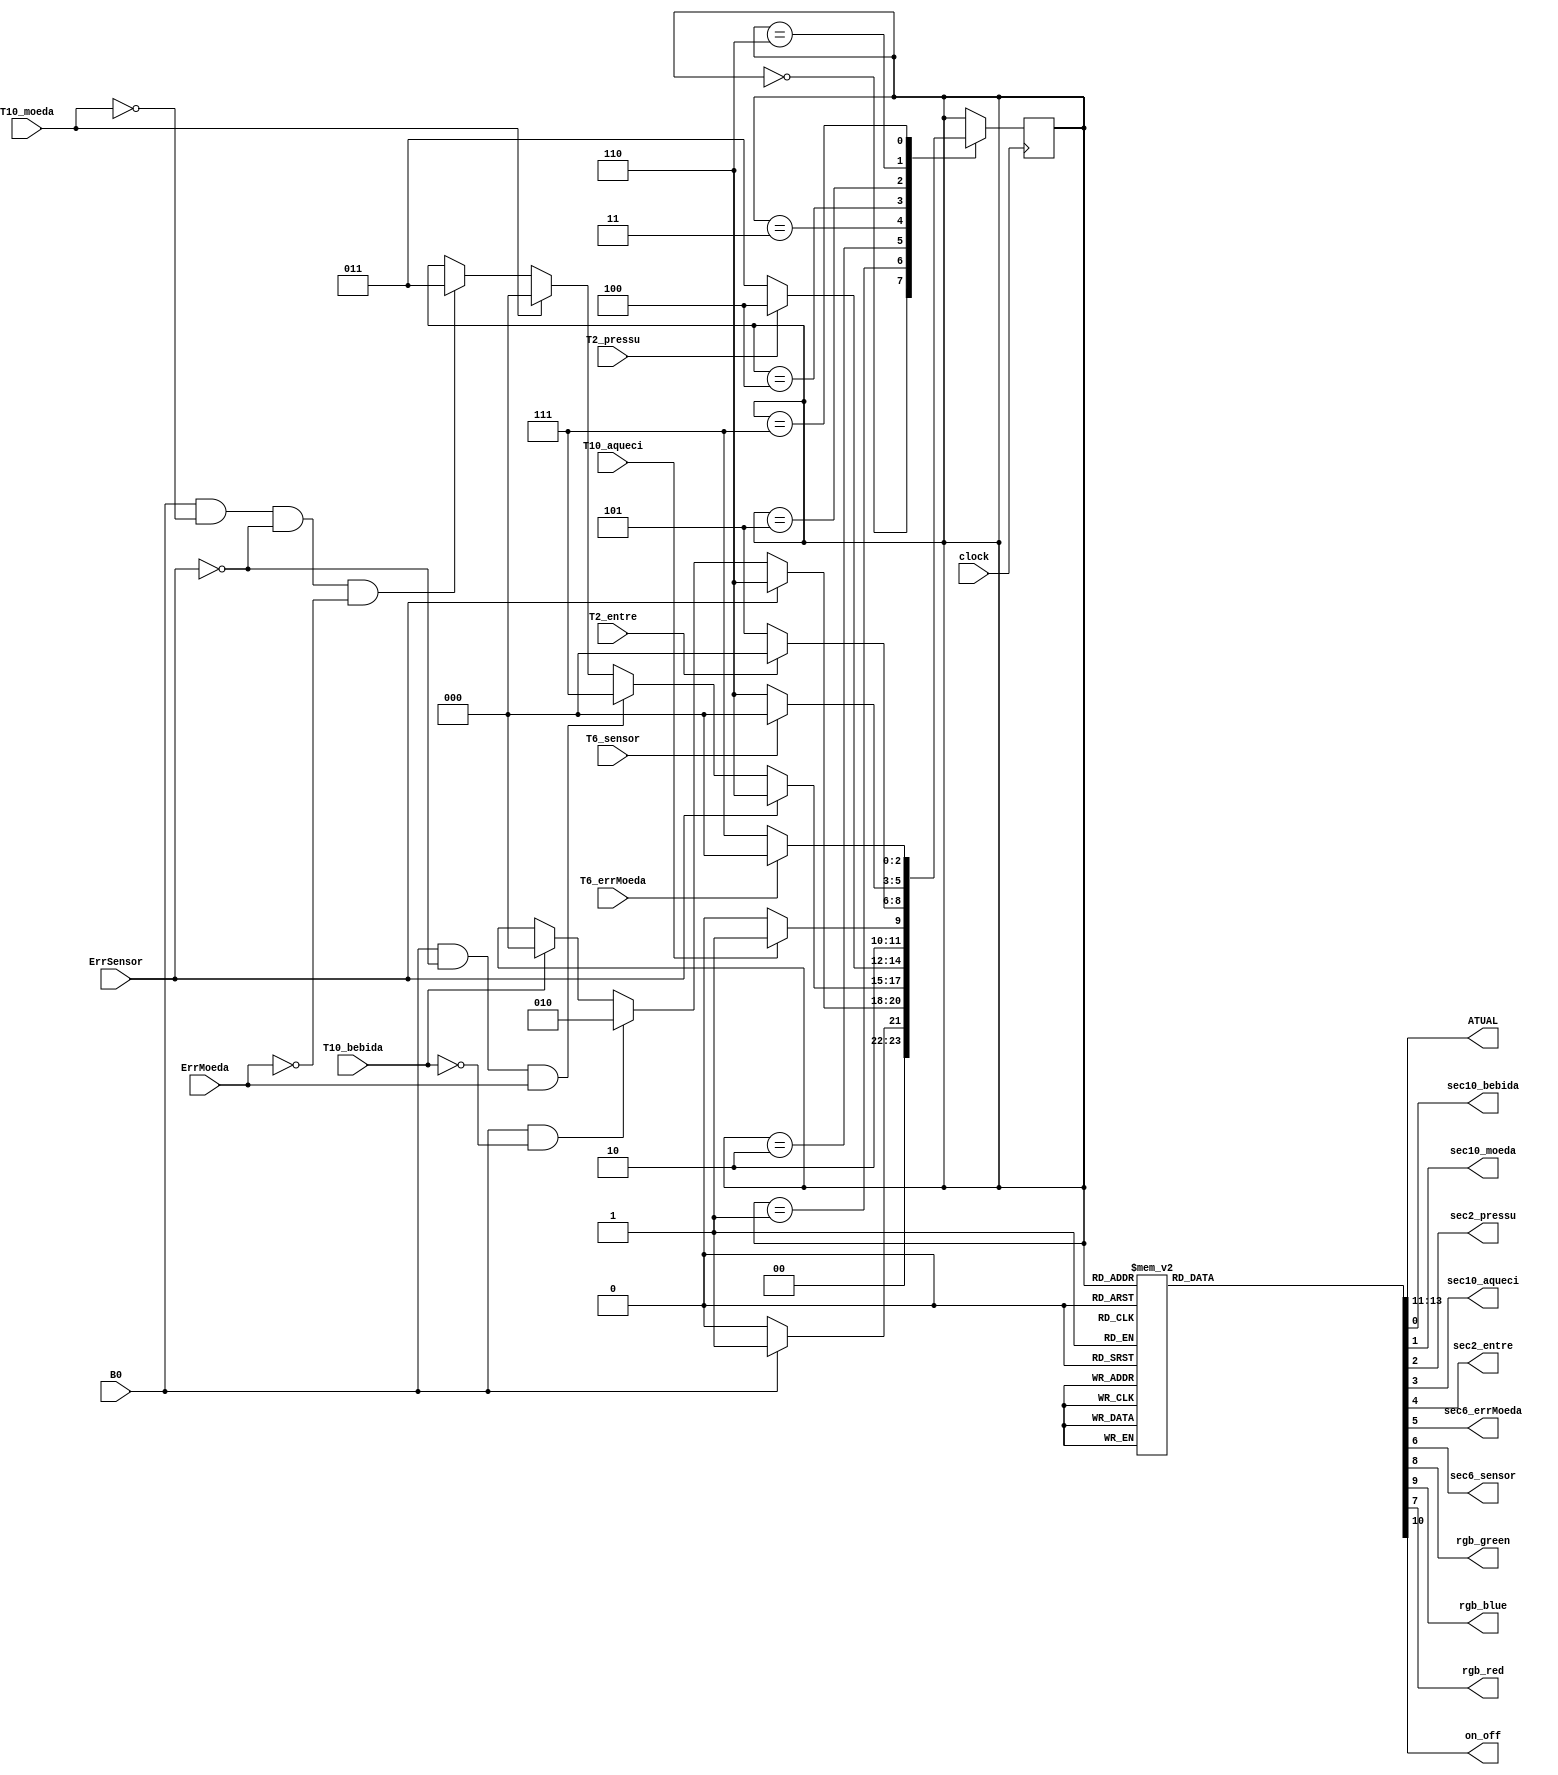
module MaquinadeEstados (B0, 
	ErrSensor, ErrMoeda, 
	T10_bebida, T10_moeda, 
	T2_pressu, T10_aqueci, T2_entre, T6_errMoeda,
	T6_sensor, clock, ATUAL,
	sec10_bebida, sec10_moeda, 
	sec2_pressu, sec10_aqueci, sec2_entre, sec6_errMoeda,
	sec6_sensor, rgb_green, rgb_blue, rgb_red, on_off);

	input clock,
	B0, 
	ErrSensor, ErrMoeda, 
	T10_bebida, T10_moeda, 
	T2_pressu, T10_aqueci, T2_entre, T6_errMoeda,
	T6_sensor; 
	
	output  reg [2:0] ATUAL;
	
	output reg sec10_bebida, sec10_moeda, 
	sec2_pressu, sec10_aqueci, sec2_entre, sec6_errMoeda,
	sec6_sensor,rgb_green, rgb_blue, rgb_red,on_off;
	
	
	
	parameter ESPERA = 3'b000 // espera
				,ESCOLHA = 3'b001 // escolha
				,VALOR = 3'b010 // valor			
				,BOMBAGEM = 3'b011 // bombagem
				,AQUECIMENTO = 3'b100 // aquecimento
				,ENTREGA = 3'b101 // entrega			
				,ERRO_SENSOR = 3'b110 
				,ERRO_MOEDA = 3'b111;
	
				
	
	reg [2:0] estados;
	
	initial begin
		estados <= ESPERA;
	end
	
	always @ (posedge clock) begin
		case (estados)
			ESPERA: begin
				if(B0==1'b0) estados <= ESPERA;
				
				else estados <= ESCOLHA;
			end
			
			ESCOLHA: begin 
			
				if(ErrSensor==1'b1) estados <= ERRO_SENSOR;

				else if(B0==1'b1 && T10_bebida==1'b0) estados <= VALOR;
				
				else if(T10_bebida==1'b1) estados <= ESPERA;			
			end
			
			VALOR: begin

				if( ErrSensor==1'b1) estados <= ERRO_SENSOR;
				
				else if(B0==1'b1 && ErrSensor==1'b0 && ErrMoeda==1'b1) estados <= ERRO_MOEDA;
				
				else if(T10_moeda==1'b1) estados <= ESPERA;
				
				else if(B0==1'b1 && T10_moeda==1'b0 && ErrSensor==1'b0 && ErrMoeda==1'b0) estados <= BOMBAGEM;
				
				end
			
			BOMBAGEM: begin 		
				if(T2_pressu==1'b0) estados <= BOMBAGEM;
				
				else if(T2_pressu==1'b1) estados <= AQUECIMENTO;
								
				end
			
			AQUECIMENTO: begin 
				if(T10_aqueci==1'b0) estados <= AQUECIMENTO;
				
				else if(T10_aqueci==1'b1) estados <= ENTREGA;
				
				end 
			
			ENTREGA: begin 
				if(T2_entre==1'b0) estados <= ENTREGA;
				
				else if(T2_entre==1'b1) estados <= ESPERA;
				end 
			
			ERRO_SENSOR: begin 
				if(T6_sensor==1'b0) estados <= ERRO_SENSOR;
				
				else if(T6_sensor==1'b1) estados <= ESPERA;
				
			end
				
			ERRO_MOEDA: begin
				if(T6_errMoeda==1'b0) estados <= ERRO_MOEDA;
				
				if(T6_errMoeda==1'b1) estados <= ESPERA;
			end
			
			
		endcase 
	end
	
	always @ (estados) begin
		
		case(estados)
			
			ESPERA: begin

			sec10_bebida=1'b0; 
			sec10_moeda=1'b0;
			sec2_pressu=1'b0;
			sec10_aqueci=1'b0;
			sec2_entre=1'b0;
			sec6_errMoeda=1'b0;
			sec6_sensor=1'b0;
			rgb_red = 1'b0;
			rgb_green = 1'b0;
			rgb_blue = 1'b0;
			on_off = 1'b0;
			ATUAL = 3'b000;
			end
				
			ESCOLHA: begin
			sec10_bebida=1'b1; 
			sec10_moeda=1'b0;
			sec2_pressu=1'b0;
			sec10_aqueci=1'b0;
			sec2_entre=1'b0;
			sec6_errMoeda=1'b0;
			sec6_sensor=1'b0;
			rgb_red = 1'b0;
			rgb_green = 1'b0;
			rgb_blue = 1'b0;
			on_off = 1'b0;
			ATUAL = 3'b001;
			end
			
			VALOR: begin
			sec10_bebida=1'b0; 
			sec10_moeda=1'b1;
			sec2_pressu=1'b0;
			sec10_aqueci=1'b0;
			sec2_entre=1'b0;
			sec6_errMoeda=1'b0;
			sec6_sensor=1'b0;
			rgb_red = 1'b0;
			rgb_green = 1'b0;
			rgb_blue = 1'b0;
			on_off = 1'b1;
			ATUAL = 3'b010;
			end
			
			BOMBAGEM: begin
			sec10_bebida=1'b0; 
			sec10_moeda=1'b0;
			sec2_pressu=1'b1;
			sec10_aqueci=1'b0;
			sec2_entre=1'b0;
			sec6_errMoeda=1'b0;
			sec6_sensor=1'b0;
			rgb_blue = 1'b1;
			rgb_red = 1'b0;
			rgb_green =1'b0;
			on_off = 1'b0;
			ATUAL = 3'b011;
			end
			
			
			AQUECIMENTO: begin
			sec10_bebida=1'b0; 
			sec10_moeda=1'b0;
			sec2_pressu=1'b0;
			sec10_aqueci=1'b1;
			sec2_entre=1'b0;
			sec6_errMoeda=1'b0;
			sec6_sensor=1'b0;
			rgb_red = 1'b1;
			rgb_green = 1'b0;
			rgb_blue = 1'b0;
			on_off = 1'b0;
			ATUAL = 3'b100;
			end
			
			ENTREGA: begin
			sec10_bebida=1'b0; 
			sec10_moeda=1'b0;
			sec2_pressu=1'b0;
			sec10_aqueci=1'b0;
			sec2_entre=1'b1;
			sec6_errMoeda=1'b0;
			sec6_sensor=1'b0;
			rgb_green = 1'b1;
			rgb_red = 1'b0;
			rgb_blue = 1'b0;
			on_off = 1'b0;
			ATUAL = 3'b101;
			end
			
			ERRO_SENSOR: begin
			sec10_bebida=1'b0; 
			sec10_moeda=1'b0;
			sec2_pressu=1'b0;
			sec10_aqueci=1'b0;
			sec2_entre=1'b0;
			sec6_errMoeda=1'b0;
			sec6_sensor=1'b1;
			rgb_red = 1'b0;
			rgb_green = 1'b0;
			rgb_blue = 1'b0;
			on_off = 1'b0;
			ATUAL = 3'b110;
			end
			
			ERRO_MOEDA: begin
			sec10_bebida=1'b0; 
			sec10_moeda=1'b0;
			sec2_pressu=1'b0;
			sec10_aqueci=1'b0;
			sec2_entre=1'b0;
			sec6_errMoeda=1'b1;
			sec6_sensor=1'b0;
			rgb_red = 1'b0;
			rgb_green = 1'b0;
			rgb_blue = 1'b0;
			on_off = 1'b0;
			ATUAL = 3'b111;
			end
			default begin 
				sec10_bebida=1'b0; 
				sec10_moeda=1'b0;
				sec2_pressu=1'b0;
				sec10_aqueci=1'b0;
				sec2_entre=1'b0;
				sec6_errMoeda=1'b0;
				sec6_sensor=1'b0;
				rgb_red = 1'b0;
				rgb_green = 1'b0;
				rgb_blue = 1'b0;
				on_off = 1'b0;
				ATUAL = 3'b000;
			end
		endcase
	end
	
endmodule